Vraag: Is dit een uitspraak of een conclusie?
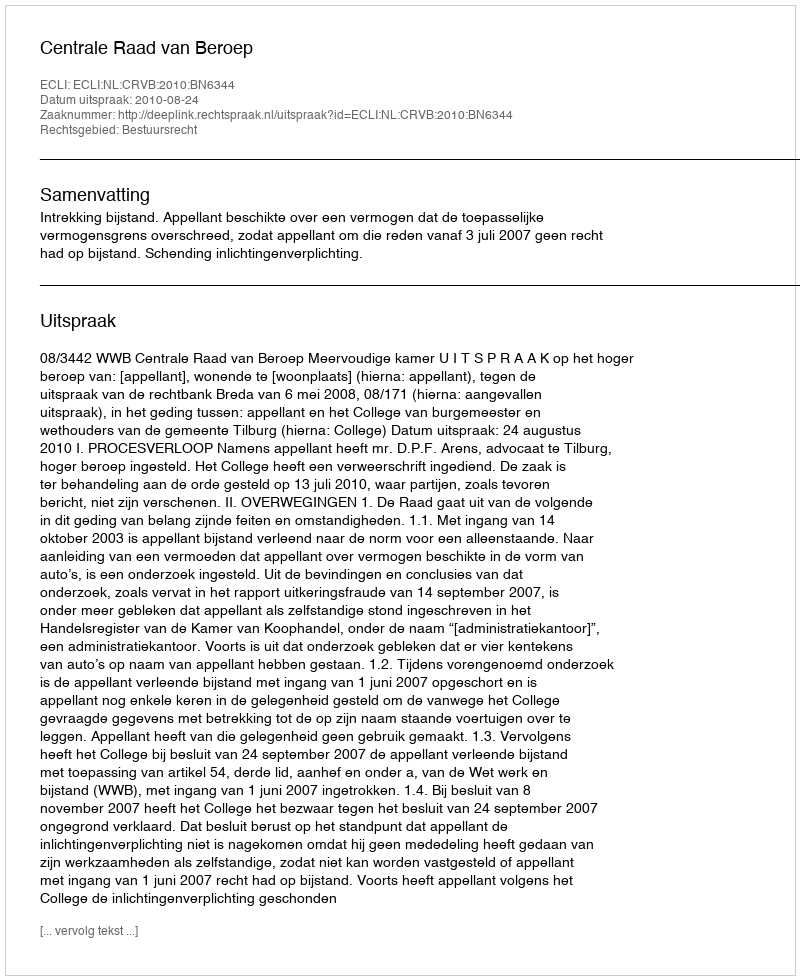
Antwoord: Uitspraak